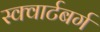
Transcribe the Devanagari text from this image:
स्क्वार्टबर्ग